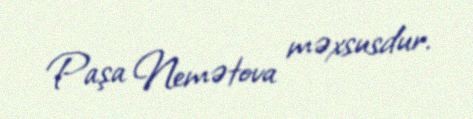
Paşa Nemətova məxsusdur.